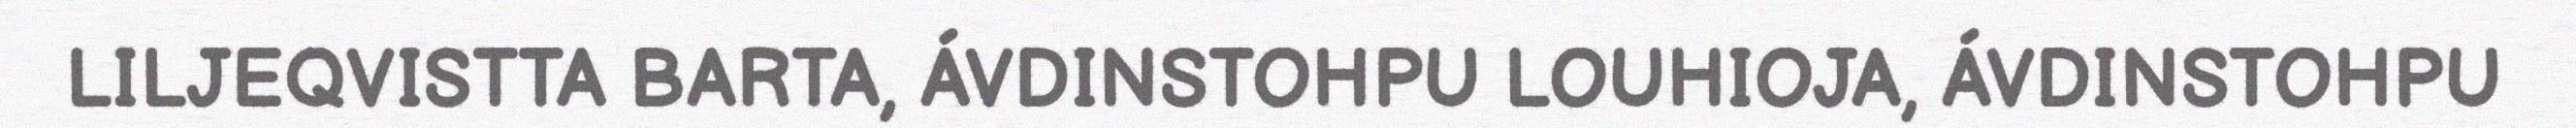
LILJEQVISTTA BARTA, ÁVDINSTOHPU LOUHIOJA, ÁVDINSTOHPU